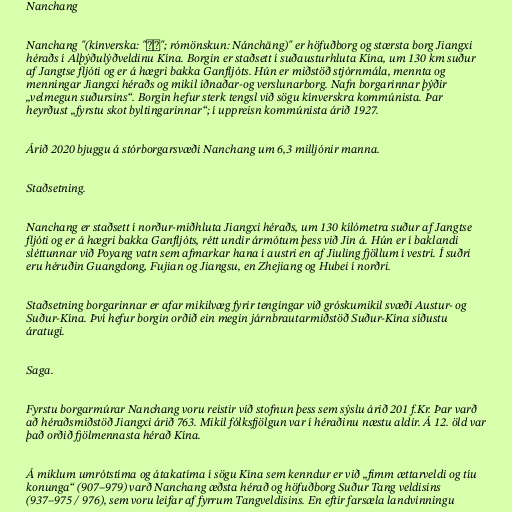
Nanchang

Nanchang "(kínverska: "南昌"; rómönskun: Nánchāng)" er höfuðborg og stærsta borg Jiangxi
héraðs í Alþýðulýðveldinu Kína. Borgin er staðsett í suðausturhluta Kína, um 130 km suður
af Jangtse fljóti og er á hægri bakka Ganfljóts. Hún er miðstöð stjórnmála, mennta og
menningar Jiangxi héraðs og mikil iðnaðar-og verslunarborg. Nafn borgarinnar þýðir
„velmegun suðursins“. Borgin hefur sterk tengsl við sögu kínverskra kommúnista. Þar
heyrðust „fyrstu skot byltingarinnar“; í uppreisn kommúnista árið 1927.

Árið 2020 bjuggu á stórborgarsvæði Nanchang um 6,3 milljónir manna.

Staðsetning.

Nanchang er staðsett í norður-miðhluta Jiangxi héraðs, um 130 kílómetra suður af Jangtse
fljóti og er á hægri bakka Ganfljóts, rétt undir ármótum þess við Jin á. Hún er í baklandi
sléttunnar við Poyang vatn sem afmarkar hana í austri en af Jiuling fjöllum í vestri. Í suðri
eru héruðin Guangdong, Fujian og Jiangsu, en Zhejiang og Hubei í norðri.

Staðsetning borgarinnar er afar mikilvæg fyrir tengingar við gróskumikil svæði Austur- og
Suður-Kína. Því hefur borgin orðið ein megin járnbrautarmiðstöð Suður-Kína síðustu
áratugi.

Saga.

Fyrstu borgarmúrar Nanchang voru reistir við stofnun þess sem sýslu árið 201 f.Kr. Þar varð
að héraðsmiðstöð Jiangxi árið 763. Mikil fólksfjölgun var í héraðinu næstu aldir. Á 12. öld var
það orðið fjölmennasta hérað Kína.

Á miklum umrótstíma og átakatíma í sögu Kína sem kenndur er við „fimm ættarveldi og tíu
konunga“ (907–979) varð Nanchang æðsta hérað og höfuðborg Suður Tang veldisins
(937–975 / 976), sem voru leifar af fyrrum Tangveldisins. En eftir farsæla landvinningu